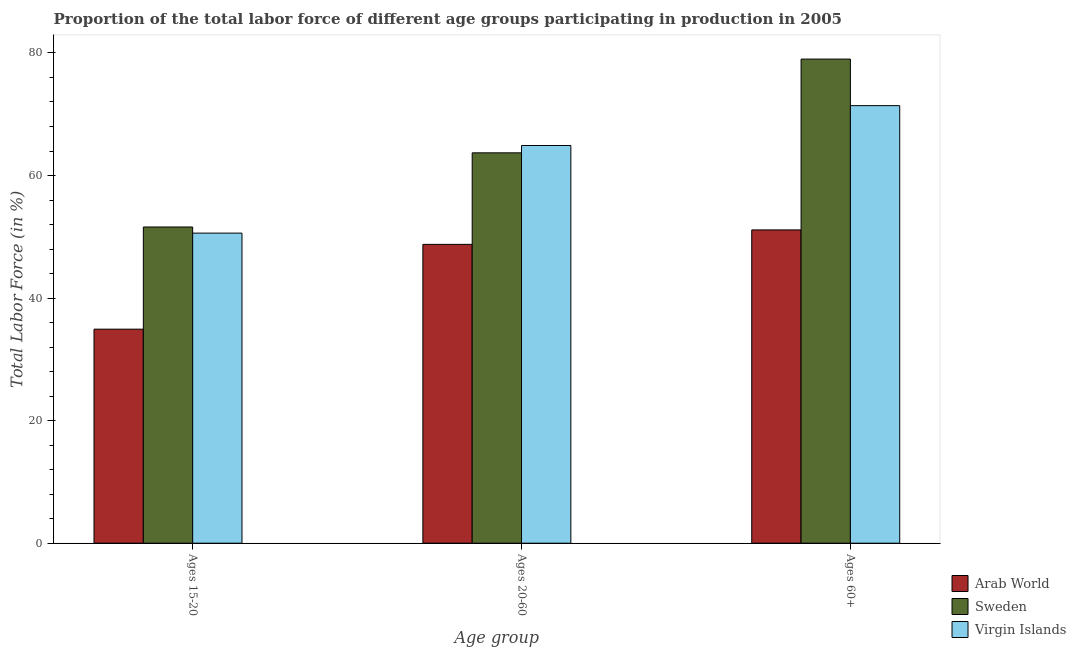
| Age group | Arab World | Sweden | Virgin Islands |
 | --- | --- | --- | --- |
 | Ages 15-20 | 34.9 | 51.6 | 50.6 |
 | Ages 20-60 | 48.8 | 63.7 | 64.9 |
 | Ages 60+ | 51.1 | 79 | 71.4 |